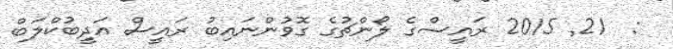
:  21